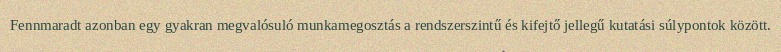
Fennmaradt azonban egy gyakran megvalósuló munkamegosztás a rendszerszintű és kifejtő jellegű kutatási súlypontok között.